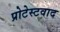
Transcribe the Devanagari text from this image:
प्रोटेस्टवाद